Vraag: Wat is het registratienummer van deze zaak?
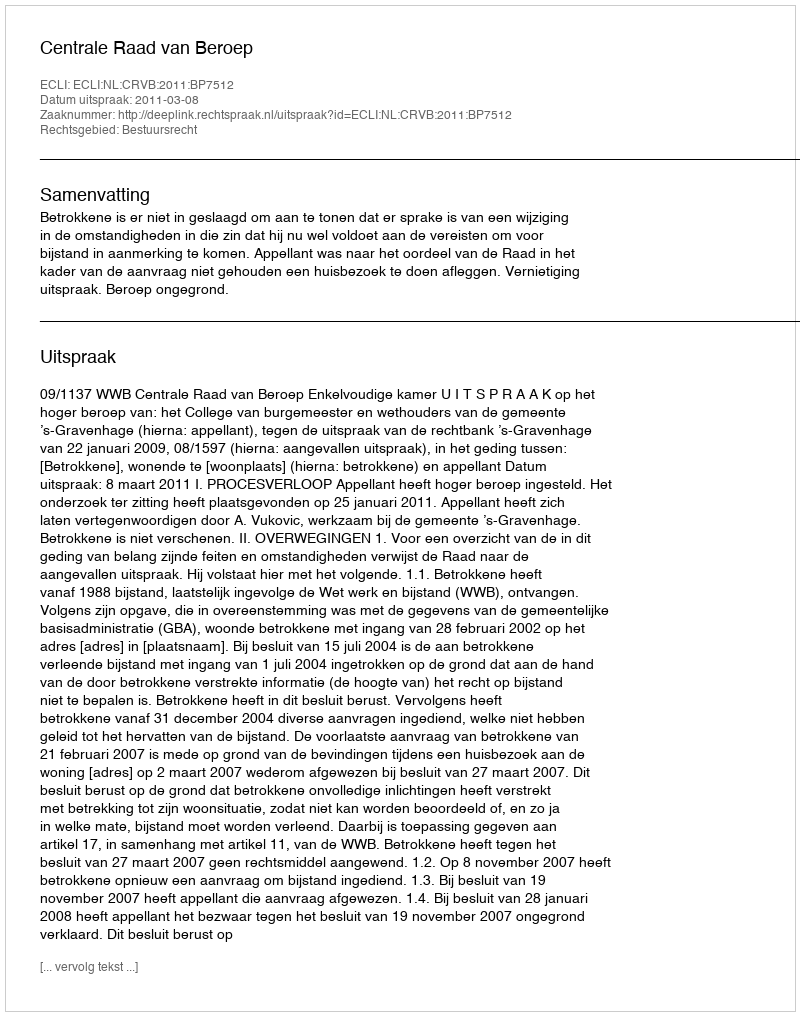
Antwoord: http://deeplink.rechtspraak.nl/uitspraak?id=ECLI:NL:CRVB:2011:BP7512